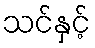
သင်နှင့်